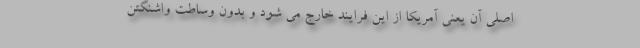
اصلی آن یعنی آمریکا از این فرایند خارج می شود و بدون وساطت واشنگتن